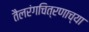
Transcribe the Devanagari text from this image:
तैलरंगचित्रणाच्या